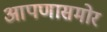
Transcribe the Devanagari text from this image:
आपणासमोर